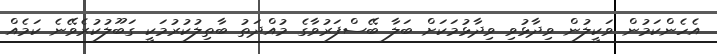
އެހެންކަމުން ވަކީލުން ވިދާޅުވި ވިދާޅުމަކަށް ބަލާ ބޭސްފަރުވާގެ މުއްދަތު ބާތިލުކުރުމަކީ ގަބޫލުކުރެވޭނެ ކަމެއް